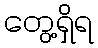
တွေ့ရှိရ